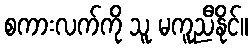
စကားလက်ကို သူ မကူညီနိုင်။